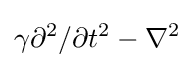
\gamma \partial ^{2}/\partial t^{2}-\nabla ^{2}